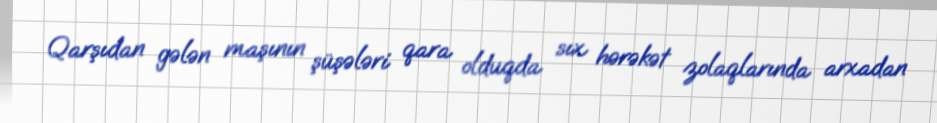
Qarşıdan gələn maşının şüşələri qara olduqda sıx hərəkət zolaqlarında arxadan